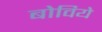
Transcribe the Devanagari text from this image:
बोविये